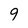
Character: 9